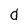
Character: d